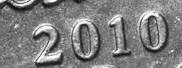
2010